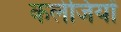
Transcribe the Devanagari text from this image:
कलेजियों